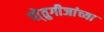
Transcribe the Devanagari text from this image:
पो्तुगीजांच्या